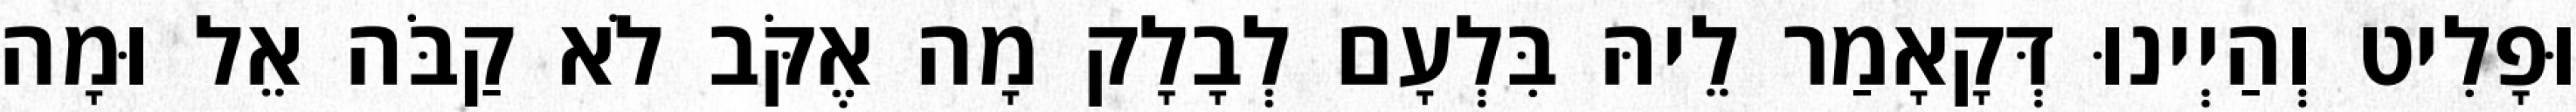
וּפָלִיט וְהַיְינוּ דְּקָאָמַר לֵיהּ בִּלְעָם לְבָלָק מָה אֶקֹּב לֹא קַבֹּה אֵל וּמָה